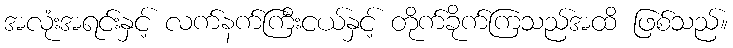
အလုံးအရင်းနှင့် လက်နက်ကြီးငယ်နှင့် တိုက်ခိုက်ကြသည်အထိ ဖြစ်သည်။